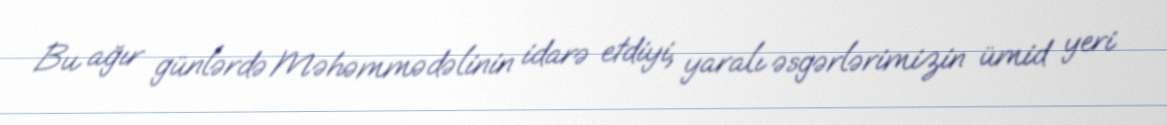
Bu ağır günlərdə Məhəmmədəlinin idarə etdiyi, yaralı əsgərlərimizin ümid yeri